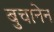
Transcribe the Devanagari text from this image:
बुचानेन